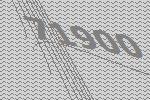
71900